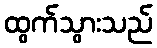
ထွက်သွားသည်